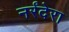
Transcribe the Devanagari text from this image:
नर्रंदेरा